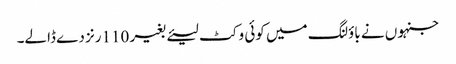
جنہوں نے باؤلنگ میں کوئی وکٹ لیئے بغیر 110رنز دے ڈالے۔